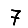
Digit: 7